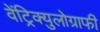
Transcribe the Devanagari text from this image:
वेंट्रिक्युलोग्राफी